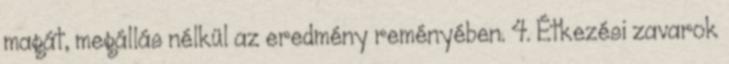
magát, megállás nélkül az eredmény reményében. 4. Étkezési zavarok